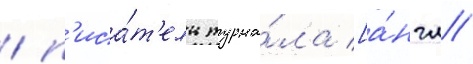
/ п'иса́т'ель журна́ла [а́нгл.